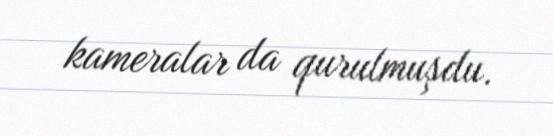
kameralar da qurulmuşdu.